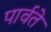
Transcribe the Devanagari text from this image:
पार्वते